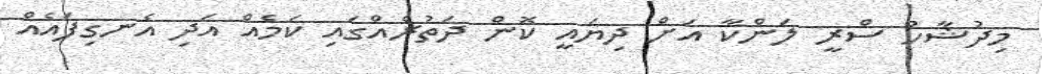
މިދުޝާހު ސްރީ ލަންކާ އަށް ދިޔައީ ކޮން ދަތުރެއްގައި ކަމެއް އަދި އެނގިފައެއް